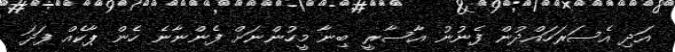
އަދި އެސަރަހައްދުން ފެނުނު އާސާރީ ބިނާ މީހުންނަށް ފެންނާނެ ހެން ޕާކެއް ފަދަ